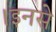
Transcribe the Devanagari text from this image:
।इनसे